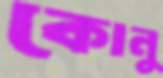
কোনু